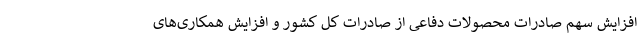
افزایش سهم صادرات محصولات دفاعی از صادرات کل کشور و افزایش همکاری‌های